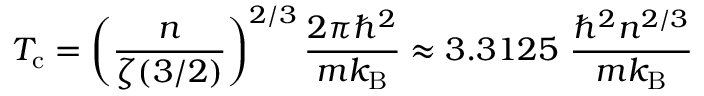
T _ { \mathrm { { c } } } = \left( { \frac { n } { \zeta ( 3 / 2 ) } } \right) ^ { 2 / 3 } { \frac { 2 \pi \hbar ^ { 2 } } { m k _ { \mathrm { { B } } } } } \approx 3 . 3 1 2 5 \ { \frac { \hbar ^ { 2 } n ^ { 2 / 3 } } { m k _ { \mathrm { { B } } } } }